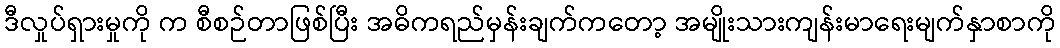
ဒီလှုပ်ရှားမှုကို က စီစဉ်တာဖြစ်ပြီး အဓိကရည်မှန်းချက်ကတော့ အမျိုးသားကျန်းမာရေးမျက်နှာစာကို